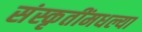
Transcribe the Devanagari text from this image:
संस्कृतींमधल्या